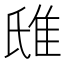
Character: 𨾛